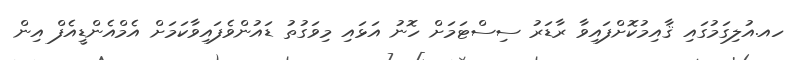
ހއ.އުލިގަމުގައި ޤާއިމުކޮށްފައިވާ ރާޑަރު ސިސްޓަމަށް ހޮނު އަޅައި މިވަގުތު ޑައުންވެފައިވާކަމަށް އެމްއެންޑީއެފް އިން